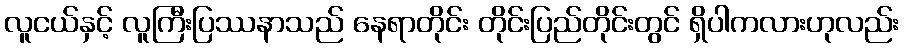
လူငယ်နှင့် လူကြီးပြဿနာသည် နေရာတိုင်း တိုင်းပြည်တိုင်းတွင် ရှိပါကလားဟုလည်း